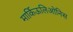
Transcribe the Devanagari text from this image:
मार्किऊलिओनिस